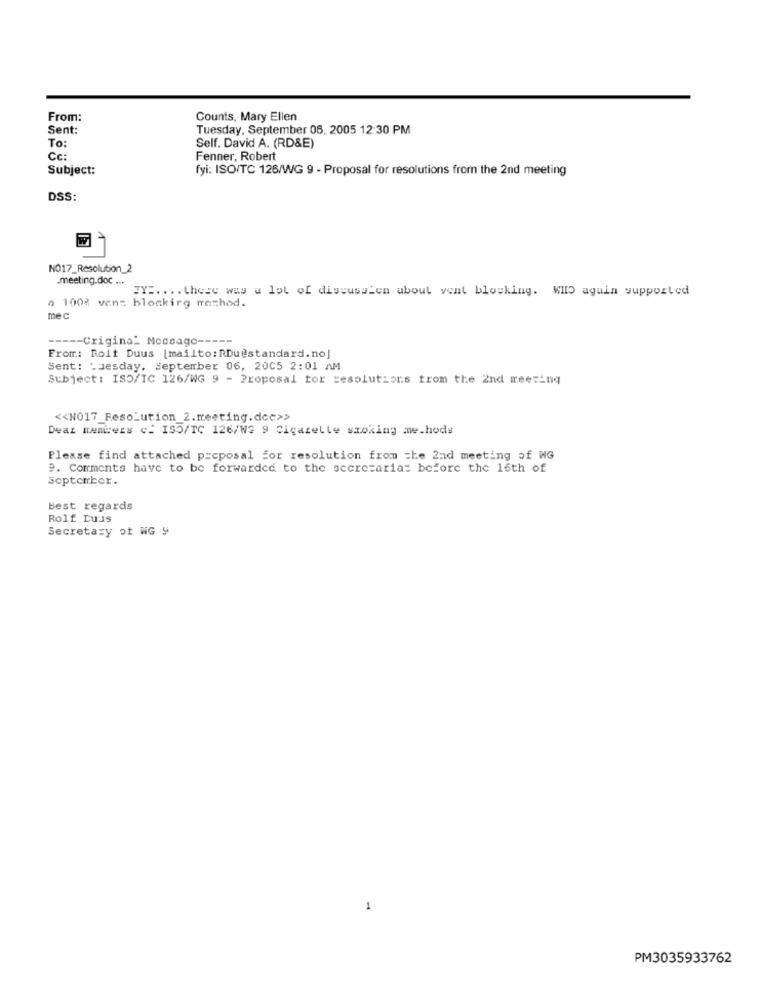
From:
Counts, Mary Ellen
Sent:
Tuesday, September 06. 2005 12:30 PM
To:
Self. David A. (RD&E)
Cc:
Fenner, Robert
Subject:
fyi: ISO/TC 126/WG 9 - Proposal for resolutions from the 2nd meeting
DSS:
NO17_Resolution_2
.meeting.doc ...
TY :.... there was a lot of discussion about vent blocking. WHO again supported
a 100% van: blockirg method.
mec
----- Crigina" Moceago -----
From: Rolt Duus [mailto: RDu@standard.no]
Sent: Tuesday, September 06, 2005 2:01 AM
Subject: ISO/TC 126/WG 9 - Proposal for resolutions from the 2nd meeting
<< NO17_Resolution 2.meeting.dcc>>
Deaz mentrers c: ISO/TC 126/WG 9 Cigazelle smoking me.hods
Please find attached proposal for resolution from the 2nd meeting of WG
9. Comments have to be forwarded to the secretaria: before the 16th of
September.
Best regards
Rolf Luis
Secretary of WG 9
1
PM3035933762